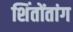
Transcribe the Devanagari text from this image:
शिंतोंतांग